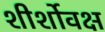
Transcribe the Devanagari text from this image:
शीर्शोवक्ष